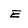
Character: E